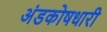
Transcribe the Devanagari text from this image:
अंडकोषधारी